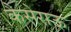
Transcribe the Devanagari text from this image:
कैसेराऊ